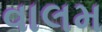
વાલમ